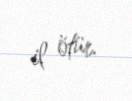
il ötür.